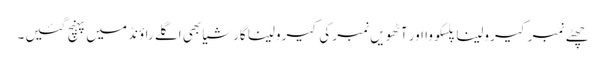
چھٹے نمبر کیرولینا پلسکووا اور آٹھویں نمبر کی کیرولینا گارشیا بھی اگلے راؤنڈ میں پہنچ گئیں۔